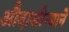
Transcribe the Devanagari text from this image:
औदासीन्याने